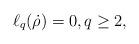
LaTeX: \begin{align*} \ell_q( \dot \rho) =0, q\geq 2,\end{align*}